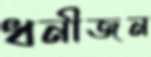
ধনীজন